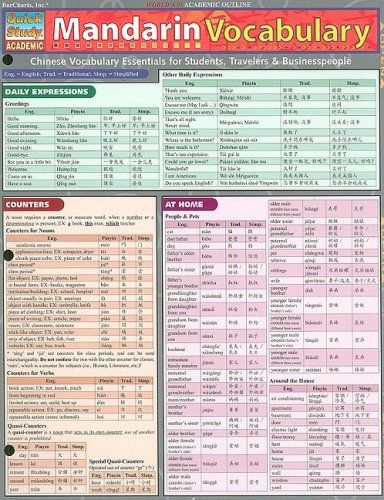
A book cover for Mandarin Vocabulary (Quickstudy: Academic); Inc. BarCharts; Literature & Fiction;